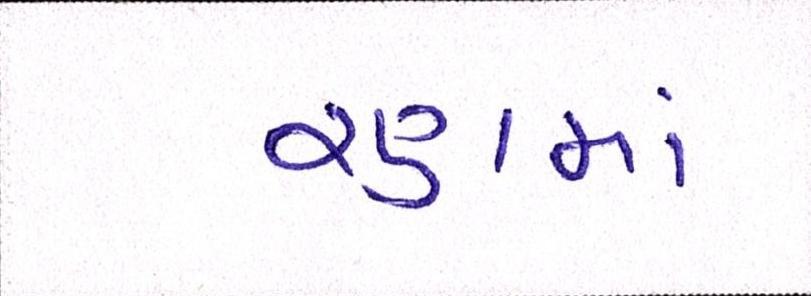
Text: રણમાં